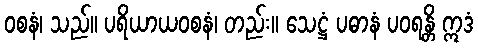
ဝစနံ၊ သည်။ ပရိယာယဝစနံ၊ တည်း။ သေဋ္ဌံ ပဓာနံ ပဝရန္တိ ဣဒံ